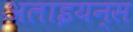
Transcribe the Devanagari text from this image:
अलाइयन्स